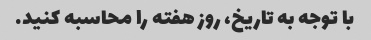
با توجه به تاریخ، روز هفته را محاسبه کنید.